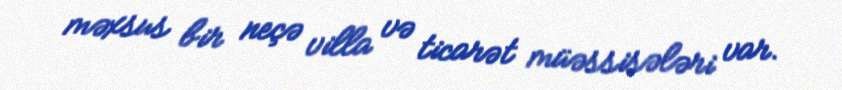
məxsus bir neçə villa və ticarət müəssisələri var.